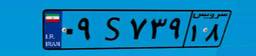
۰۹S۷۳۹۱۸